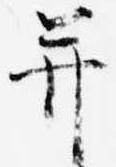
并